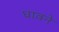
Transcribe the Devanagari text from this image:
धावने